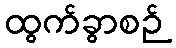
ထွက်ခွာစဉ်